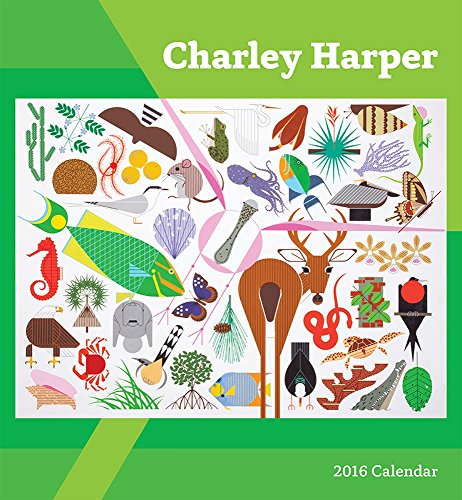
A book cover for Charley Harper 2016 Calendar; Calendars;